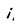
Character: i